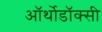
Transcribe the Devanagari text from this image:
ऑर्थोडॉक्सी